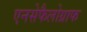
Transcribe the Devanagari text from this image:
एनसेफैलोग्राफ